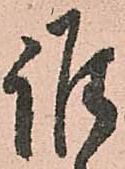
誰